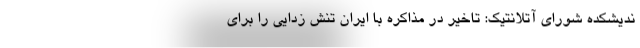
ندیشکده شورای آتلانتیک: تاخیر در مذاکره با ایران تنش‌ زدایی را برای